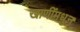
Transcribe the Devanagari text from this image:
खाणींमधुन